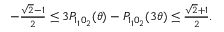
\begin{array} { r } { - \frac { \sqrt { 2 } - 1 } { 2 } \leq 3 P _ { 1 _ { 1 } 0 _ { 2 } } ( \theta ) - P _ { 1 _ { 1 } 0 _ { 2 } } ( 3 \theta ) \leq \frac { \sqrt { 2 } + 1 } { 2 } . } \end{array}